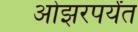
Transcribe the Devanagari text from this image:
ओझरपर्यंत